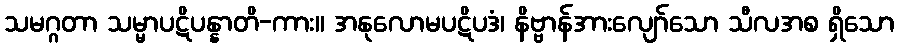
သမဂ္ဂတာ သမ္မာပဋိပန္နာတိ-ကား။ အနုလောမပဋိပဒံ၊ နိဗ္ဗာန်အားလျော်သော သီလအစ ရှိသော